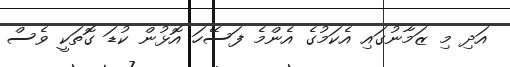
އަދި މި ޒަމާނުގައި އެކަމުގެ އެންމެ ފަސޭހަ އޮޅުން ކުޑަ ގޮތަކީ ވެސް